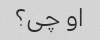
او چی؟